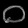
Digit: ၀